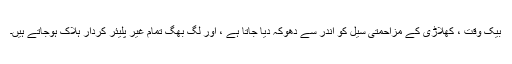
بیک وقت ، کھلاڑی کے مزاحمتی سیل کو اندر سے دھوکہ دیا جاتا ہے ، اور لگ بھگ تمام غیر پلیئر کردار ہلاک ہوجاتے ہیں۔